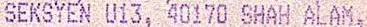
SEKSYEN U13, 40170 SHAH ALAM,